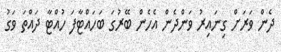
ދެން ވަރަށް ގިނައިރު ވަންދެން އެހެން ބޭރުގަ ބަހައްޓާފަ ހުއްޓާ ދައްތަ ވަގު